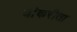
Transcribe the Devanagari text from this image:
यांकरीता